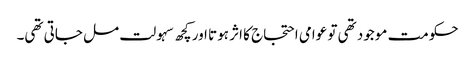
حکومت موجود تھی تو عوامی احتجاج کا اثر ہوتا اور کچھ سہولت مل جاتی تھی۔